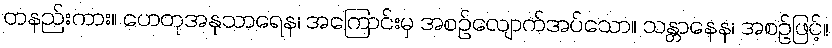
တနည်းကား။ ဟေတုအနုသာရေန၊ အကြောင်းမှ အစဉ်လျောက်အပ်သော။ သန္တာနေန၊ အစဉ်ဖြင့်။